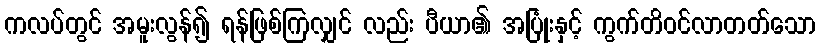
ကလပ်တွင် အမူးလွန်၍ ရန်ဖြစ်ကြလျှင် လည်း ပီယာ၏ အပြုံးနှင့် ကွက်တိဝင်လာတတ်သော